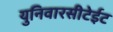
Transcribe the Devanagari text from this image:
युनिवारसीटेईट